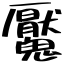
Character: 魘